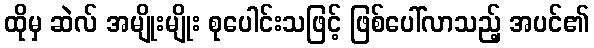
ထိုမှ ဆဲလ် အမျိုးမျိုး စုပေါင်းသဖြင့် ဖြစ်ပေါ်လာသည့် အပင်၏